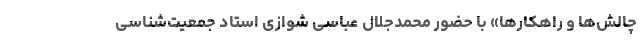
چالش‌ها و راهکارها» با حضور محمدجلال عباسی شوازی استاد جمعیت‌شناسی